Lock hospitals Punjab
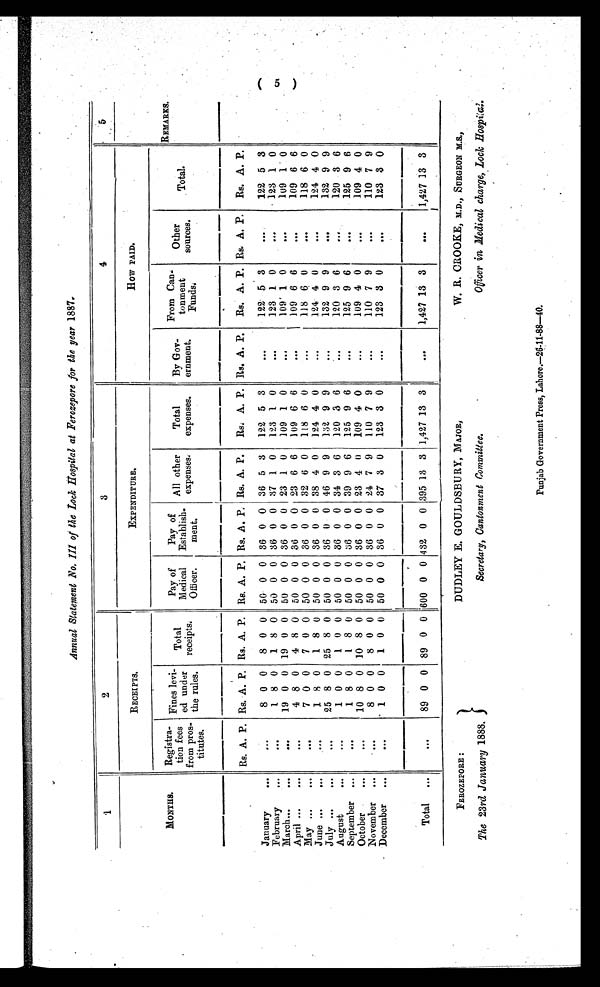
FEROZEPORE :
The 23rd January 1888.
DUDLEY E. GOULDSBURY, MAJOR,
Secretary, Cantonment Committee,
W. R. CROOKE, M.D., SURGEON M.S.,
Officer in Medical charge, Lock Hospital.
Annual Statement No. III of the Lock Hospital at Ferozepore for the year 1887.
1
2
3
4
5
MONTHS.
RECEIPTS.
EXPENDITURE.
HOW PAID.
REMARKS.
Registra-
tion fees
from pros-
titutes.
Fines levi-
ed under
the rules.
Total
receipts.
Pay of
Medical
Officer.
Pay of
Establish-
ment.
All other
expenses.
Total
expenses.
By Gov-
ernment.
From Can-
tonment
Funds.
Other
sources.
Total.
Rs. A. P. Rs. A. P. Rs. A. P. Rs. A. P. Rs. A. P. Rs. A. P.
Rs. A. P. Rs. A. P.
Rs. A. P. Rs. A. P. Rs. A. P.
January
...
. . . 8 0 0
8 0 0 50 0 0 36 0 0 36 5 3
122 5 3
. . .
122 5 3
. . .
122 5 3
February
...
. . . 1 8 0
1 8 0 50 0 0 36 0 0 37 1 0
123 1 0
. . .
123 1 0
. . .
123 1 0
March
...
. . . 19 0 0 19 0 0 50 0 0 36 0 0 23 1 0
109 1 0
. . .
109 1 0
. . .
109 1 0
April
...
. . . 4 8 0
4 8 0 50 0 0 36 0 0 23 6 6
109 6 6
. . .
109 6 6
. . .
109 6 6
May
...
. . . 7 0 0
7 0 0 50 0 0 36 0 0 32 6 0
118 6 0
. . .
118 6 0
. . .
118 6 0
June
...
. . . 1 8 0
1 8 0 50 0 0 36 0 0 38 4 0
124 4 0
. . .
124 4 0
. . .
124 4 0
July
...
. . . 25 8 0 25 8 0 50 0 0 36 0 0 46 9 9
132 9 9
. . .
132 9 9
. . .
132 9 9
August
. . .
. . . 1 0 0
1 0 0 50 0 0 36 0 0 34 3 6
120 3 6
. . .
120 3 6
. . .
120 3 6
September ...
. . . 1 8 0
1 8 0 50 0 0 36 0 0 39 9 6
125 9 6
. . .
125 9 6
...
125 9 6
October
...
. . .10
8 0 10 8 0 50 0 0 36 0 0 23 4 0
109 4 0
. . .
109 4 0
. . .
109 4 0
November ...
. . .
8 0 0
8 0 0 50 0 0 36 0 0 24 7 9
110 7 9
. . .
110 7 9
. . .
110 7 9
December
...
. . . 1 0 0
1 0 0 50 0 0 36 0 0 37 3 0
123 3 0
. . .
123 3 0
. . .
123 3 0
Total
...
. . .
89 0 0 89
0
0 600
0
0 432 0 0 395 13 3 1,427 13 3
...
1,427 13 3
...
1,427 13 3
(5)
Punjab Government Press, Lahore.—26-11-88-40.